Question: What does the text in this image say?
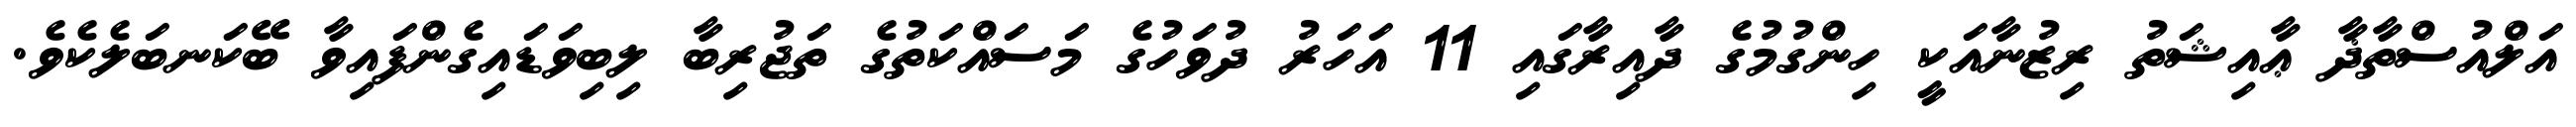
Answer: އަލްއުސްތާޛާ ޢާއިޝަތު ރިޒުނާއަކީ ހިންގުމުގެ ދާއިރާގައި 11 އަހަރު ދުވަހުގެ މަސައްކަތުގެ ތަޖުރިބާ ލިބިވަޑައިގެންފައިވާ ބޭކަނބަލެކެވެ.